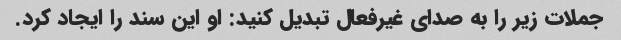
جملات زیر را به صدای غیرفعال تبدیل کنید: او این سند را ایجاد کرد.